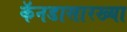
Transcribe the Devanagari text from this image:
कॅनडासारख्या